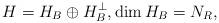
LaTeX: \begin{align*}H=H_{B}\oplus H_{B}^{\bot},\dim H_{B}=N_{R}, \end{align*}